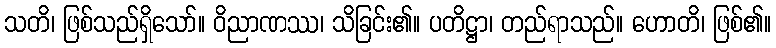
သတိ၊ ဖြစ်သည်ရှိသော်။ ဝိညာဏဿ၊ သိခြင်း၏။ ပတိဋ္ဌာ၊ တည်ရာသည်။ ဟောတိ၊ ဖြစ်၏။